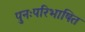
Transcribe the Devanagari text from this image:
पुनःपरिभाषित